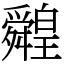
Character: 䑟